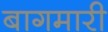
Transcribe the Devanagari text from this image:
बागमारी